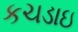
કચડાઇ